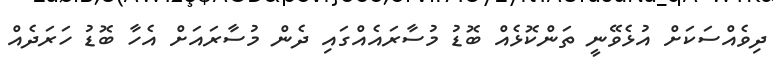
ދިވެއްސަކަށް އުޅެވޭނީ ތަންކޮޅެއް ބޮޑު މުސާރައެއްގައި ދެން މުސާރައަށް އެހާ ބޮޑު ހަރަދެއް